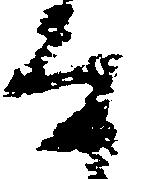
な